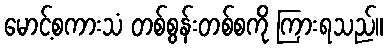
မောင့်စကားသံ တစ်စွန်းတစ်စကို ကြားရသည်။